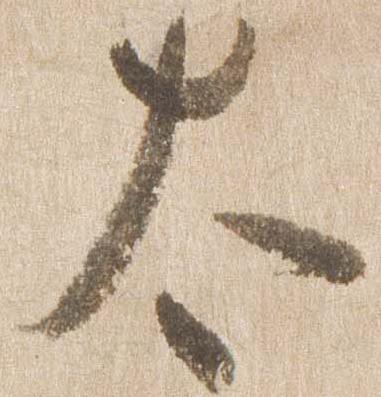
太